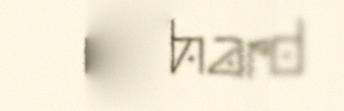
en hard